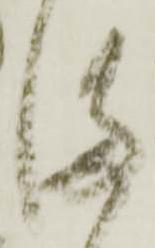
満